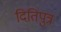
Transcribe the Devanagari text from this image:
दितिपुत्र